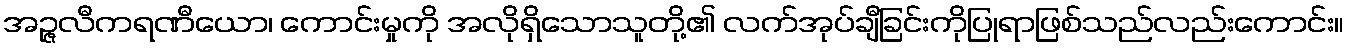
အဉ္ဇလီကရဏီယော၊ ကောင်းမှုကို အလိုရှိသောသူတို့၏ လက်အုပ်ချီခြင်းကိုပြုရာဖြစ်သည်လည်းကောင်း။